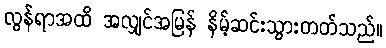
လွန်ရာအထိ အလျှင်အမြန် နိမ့်ဆင်းသွားတတ်သည်။